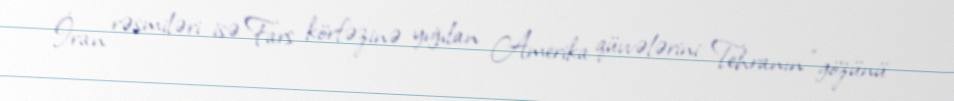
İran rəsmiləri isə Fars körfəzinə yığılan Amerika qüvvələrini Tehranın “gözünü